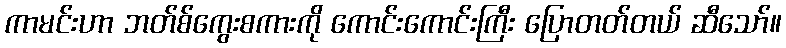
ကာမင်းဟာ ဘတ်စ်ကွေးစကားကို ကောင်းကောင်းကြီး ပြောတတ်တယ် ဆီသော်။